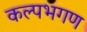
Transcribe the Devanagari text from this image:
कल्पभगण